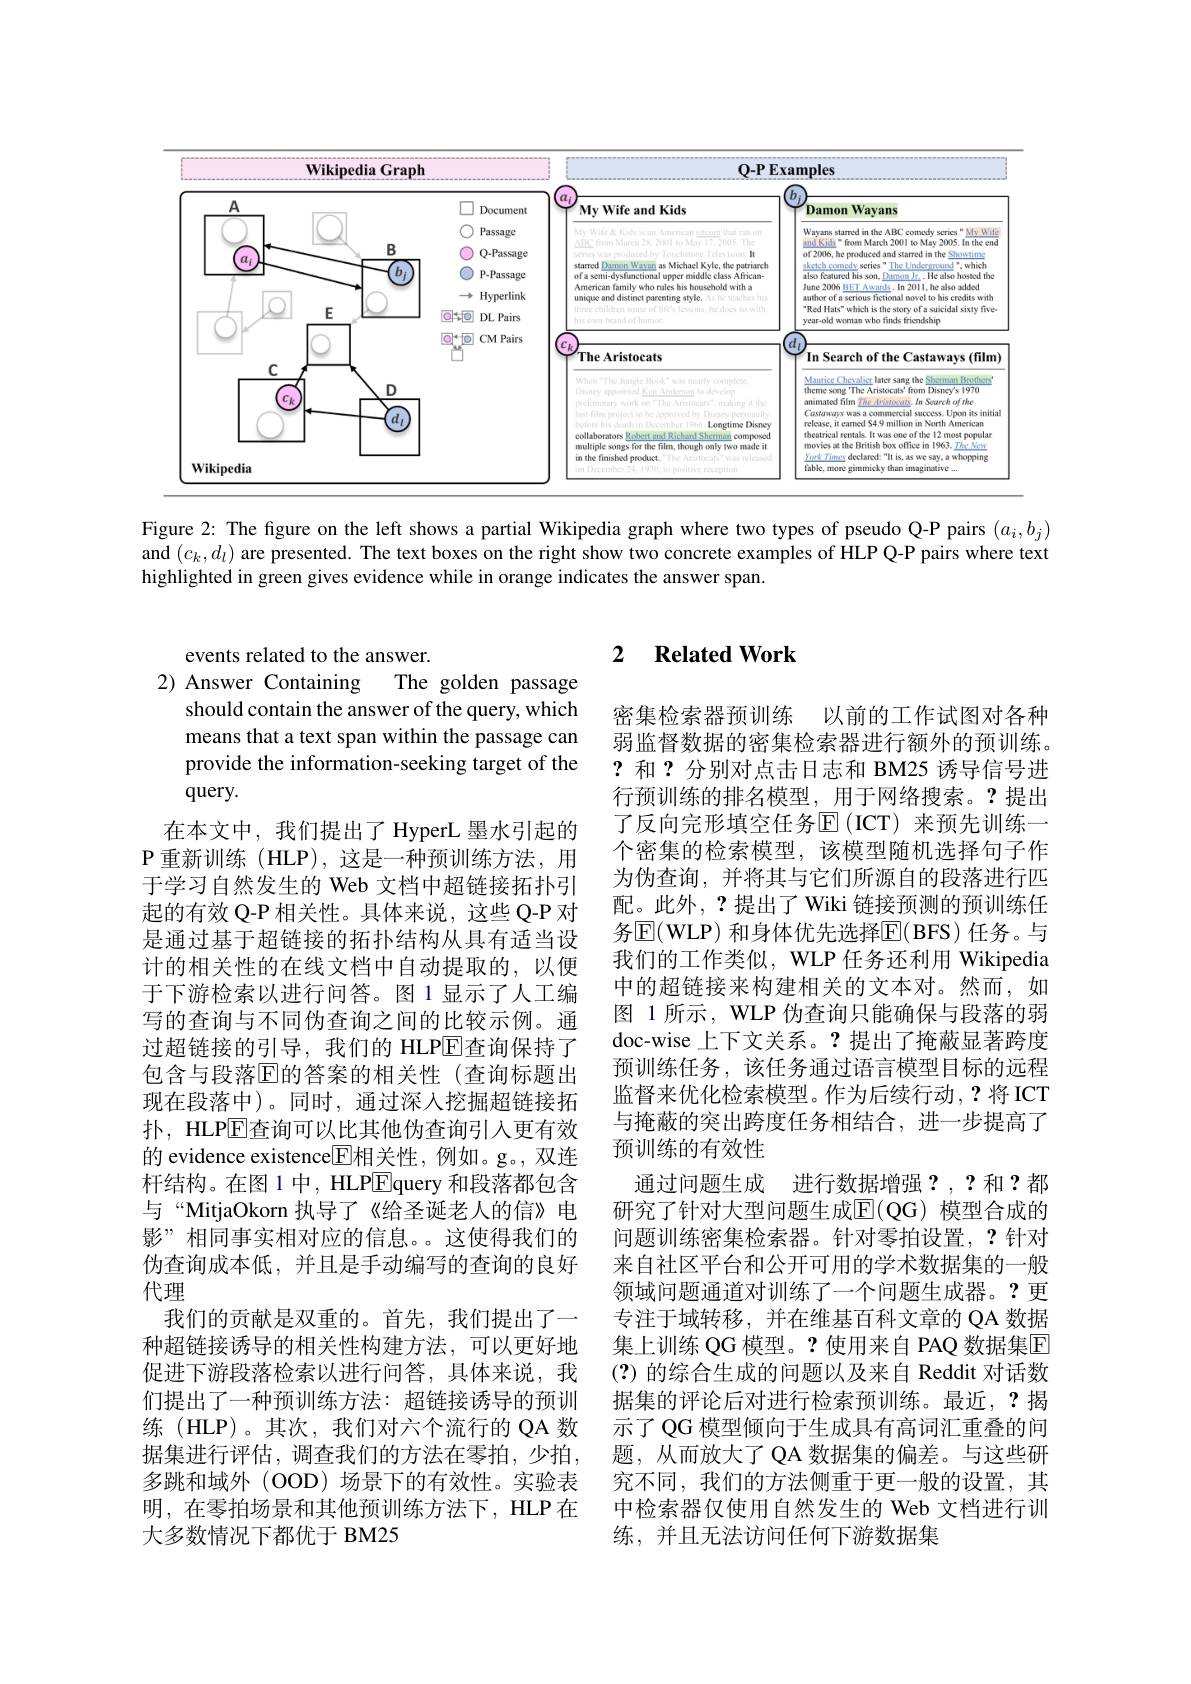
<FigureHere>

Figure 2: The figure on the left shows a partial Wikipedia graph where two types of pseudo Q-P pairs $(a_i,b_j)$ and $(c_k,d_l)$ are presented. The text boxes on the right show two concrete examples of HLP Q-P pairs where text highlighted in green gives evidence while in orange indicates the answer span.

events related to the answer.
2) Answer Containing The golden passage
should contain the answer of the query, which means that a text span within the passage can provide the information-seeking target of the query.
在本文中，我们提出了 HyperL 墨水引起的${\mathrm{P~}}$重新训练(HLP),这是一种预训练方法，用于学习自然发生的 Web 文档中超链接拓扑引起的有效 Q-P 相关性。具体来说，这些 Q-P 对是通过基于超链接的拓扑结构从具有适当设计的相关性的在线文档中自动提取的，以便于下游检索以进行问答。图1显示了人工编写的查询与不同伪查询之间的比较示例。通过超链接的引导，我们的 HLPE查询保持了包含与段落$\overline{\mathrm{E}}$的答案的相关性(查询标题出现在段落中)。同时，通过深入挖掘超链接拓扑，HLP$\overline{\mathrm{E}}$查询可以比其他伪查询引入更有效的 evidence existence[E]相关性，例如。g。, 双连杆结构。在图 1 中，HLP$\overline{\mathrm{E}}$query 和段落都包含与“MitjaOkorn 执导了《给圣诞老人的信》电影”相同事实相对应的信息。。这使得我们的伪查询成本低，并且是手动编写的查询的良好代理
我们的贡献是双重的。首先，我们提出了一种超链接诱导的相关性构建方法，可以更好地促进下游段落检索以进行问答，具体来说，我们提出了一种预训练方法：超链接诱导的预训练(HLP)。其次，我们对六个流行的 QA 数据集进行评估，调查我们的方法在零拍，少拍， 多跳和域外(OOD)场景下的有效性。实验表明，在零拍场景和其他预训练方法下，HLP在大多数情况下都优于 BM25

### 2 $\textbf{Related Work}$

密集检索器预训练 以前的工作试图对各种弱监督数据的密集检索器进行额外的预训练。?和？分别对点击日志和 BM25 诱导信号进行预训练的排名模型，用于网络搜索。?提出了反向完形填空任务$\operatorname{\overline{E}}($ICT)来预先训练一个密集的检索模型，该模型随机选择句子作为伪查询，并将其与它们所源自的段落进行四配。此外，?提出了 Wiki 链接预测的预训练任务$\mathbb{E}($WLP) 和身体优先选择$\mathbb{E}($BFS)任务。与我们的工作类似，WLP 任务还利用 Wikipedia 中的超链接来构建相关的文本对。然而，如图 1 所示 , WLP 伪查询只能确保与段落的弱doc-wise 上下文关系。?提出了掩蔽显著跨度预训练任务，该任务通过语言模型目标的远程监督来优化检索模型。作为后续行动，?将ICT 与掩蔽的突出跨度任务相结合，进一步提高了预训练的有效性
通过问题生成 进行数据增强？,?和？都研究了针对大型问题生成$\mathbb{E}($QG)模型合成的问题训练密集检索器。针对零拍设置，?针对来自社区平台和公开可用的学术数据集的一般领域问题通道对训练了一个问题生成器。?更专注于域转移，并在维基百科文章的 QA 数据集上训练 QG 模型。?使用来自 PAQ 数据集E (?)的综合生成的问题以及来自 Reddit 对话数据集的评论后对进行检索预训练。最近，?揭示了 QG 模型倾向于生成具有高词汇重叠的问题，从而放大了 QA 数据集的偏差。与这些研究不同，我们的方法侧重于更一般的设置，其中检索器仅使用自然发生的 Web 文档进行训练，并且无法访问任何下游数据集